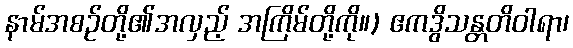
နာမ်အစဉ်တို့၏အလှည့် အကြိမ်တို့ကို။) ဧကဒွိသန္တတိဝါရာ၊